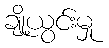
ချို့ယွင်းမှု